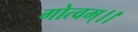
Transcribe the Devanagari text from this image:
गोत्वम्।।